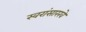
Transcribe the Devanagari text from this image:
स्वरांसारखे